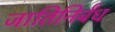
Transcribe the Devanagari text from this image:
जातिनिर्बंध